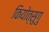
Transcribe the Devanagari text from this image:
कियोत्सुगु